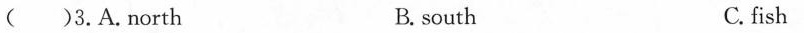
( )3.A.north B.south C.fish